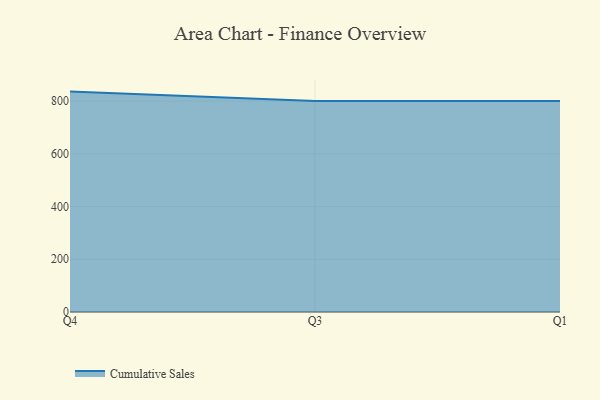
{"axis": {"x": "Quarter", "y": "Website Visitors"}, "legend": ["Cumulative Sales"], "data": [{"x": "Q4", "y": 836.0, "type": "Cumulative Sales"}, {"x": "Q3", "y": 800, "type": "Cumulative Sales"}, {"x": "Q1", "y": 800, "type": "Cumulative Sales"}]}